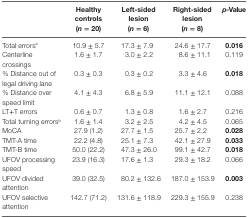
<table><thead><tr><td></td><td><b>Healthy controls (<i>n</i> = 20)</b></td><td><b>Left-sided lesion (<i>n</i> = 6)</b></td><td><b>Right-sided lesion (<i>n</i> = 8)</b></td><td><b><i>p</i>-Value</b></td></tr></thead><tbody><tr><td>Total errors<sup>a</sup></td><td>10.9 ± 5.7</td><td>17.3 ± 7.9</td><td>24.6 ± 17.7</td><td><b>0.016</b></td></tr><tr><td>Centerline crossings</td><td>1.6 ± 1.7</td><td>3.0 ± 2.2</td><td>8.6 ± 11.1</td><td>0.119</td></tr><tr><td>% Distance out of legal driving lane</td><td>0.3 ± 0.3</td><td>0.3 ± 0.2</td><td>3.3 ± 4.6</td><td><b>0.018</b></td></tr><tr><td>% Distance over speed limit</td><td>4.1 ± 4.3</td><td>6.8 ± 5.9</td><td>11.1 ± 12.1</td><td>0.088</td></tr><tr><td>LT+T errors</td><td>0.6 ± 0.7</td><td>1.3 ± 0.8</td><td>1.6 ± 2.7</td><td>0.216</td></tr><tr><td>Total turning errors<sup>b</sup></td><td>1.6 ± 1.4</td><td>3.2 ± 2.5</td><td>4.2 ± 4.5</td><td>0.065</td></tr><tr><td>MoCA</td><td>27.9 (1.2)</td><td>27.7 ± 1.5</td><td>25.7 ± 2.2</td><td><b>0.028</b></td></tr><tr><td>TMT-A time</td><td>22.2 (4.8)</td><td>25.1 ± 7.3</td><td>42.1 ± 27.9</td><td><b>0.033</b></td></tr><tr><td>TMT-B time</td><td>50.0 (22.2)</td><td>47.3 ± 26.0</td><td>99.1 ± 42.7</td><td><b>0.018</b></td></tr><tr><td>UFOV processing speed</td><td>23.9 (16.3)</td><td>17.6 ± 1.3</td><td>29.3 ± 18.2</td><td>0.066</td></tr><tr><td>UFOV divided attention</td><td>39.0 (32.5)</td><td>80.2 ± 132.6</td><td>187.0 ± 153.9</td><td><b>0.003</b></td></tr><tr><td>UFOV selective attention</td><td>142.7 (71.2)</td><td>131.6 ± 118.9</td><td>229.3 ± 155.9</td><td>0.238</td></tr></tbody></table>